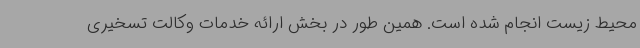
محیط زیست انجام شده است. همین طور در بخش ارائه خدمات وکالت تسخیری